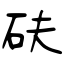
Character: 砆